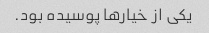
یکی از خیارها پوسیده بود.